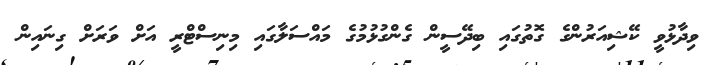
ވިދާޅުވީ ކޭޝިއަރުންގެ ގޮތުގައި ބިދޭސީން ގެންގުޅުމުގެ މައްސަލާގައި މިނިސްޓްރީ އަށް ވަރަށް ގިނައިން